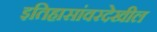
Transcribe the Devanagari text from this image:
इतिहासांवरदेखील